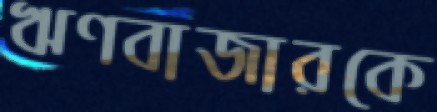
ঋণবাজারকে